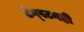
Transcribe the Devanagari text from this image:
टंग्स्टनही